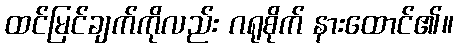
ထင်မြင်ချက်ကိုလည်း ဂရုစိုက် နားထောင်၏။